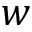
w